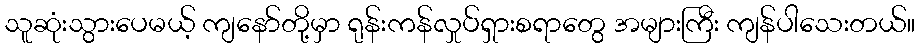
သူဆုံးသွားပေမယ့် ကျနော်တို့မှာ ရုန်းကန်လှုပ်ရှားစရာတွေ အများကြီး ကျန်ပါသေးတယ်။